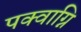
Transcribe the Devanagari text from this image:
पक्वाग्नि